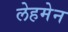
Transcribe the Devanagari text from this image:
लेहमेन